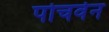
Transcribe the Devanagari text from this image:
पोचवेन